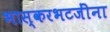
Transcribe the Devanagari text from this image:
भास्करभटजींना